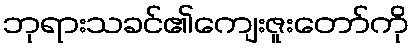
ဘုရားသခင်၏ကျေးဇူးတော်ကို